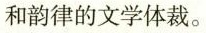
和韵律的文学体裁。